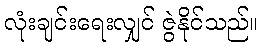
လုံးချင်းရေးလျှင် ဇွဲနိုင်သည်။